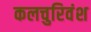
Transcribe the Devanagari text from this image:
कलचुरिवंश